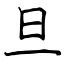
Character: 旦